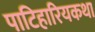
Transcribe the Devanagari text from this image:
पाटिहारियकथा